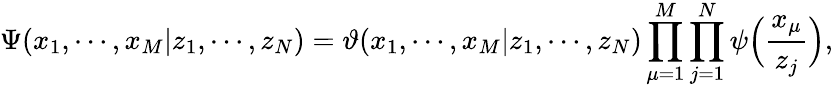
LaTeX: \Psi(x_{1},\cdots,x_{M}|z_{1},\cdots,z_{N})=\vartheta(x_{1},\cdots,x_{M}|z_{1},\cdots,z_{N})\prod_{\mu=1}^{M}\prod_{j=1}^{N}\psi\Bigl(\frac{x_{\mu}}{z_{j}}\Bigr),